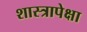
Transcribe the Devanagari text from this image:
शास्त्रापेक्षा